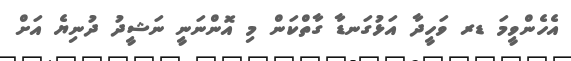
އެހެންވީމަ ޑރ ވަހީދާ އަޅުގަނޑާ ގާތްކަން މި އޮންނަނީ ނަޝީދު ދުނިޔެ އަށް